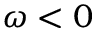
\omega < 0